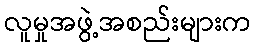
လူမှုအဖွဲ့အစည်းများက